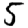
Digit: 5